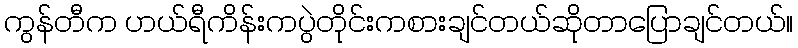
ကွန်တီက ဟယ်ရီကိန်းကပွဲတိုင်းကစားချင်တယ်ဆိုတာပြောချင်တယ်။